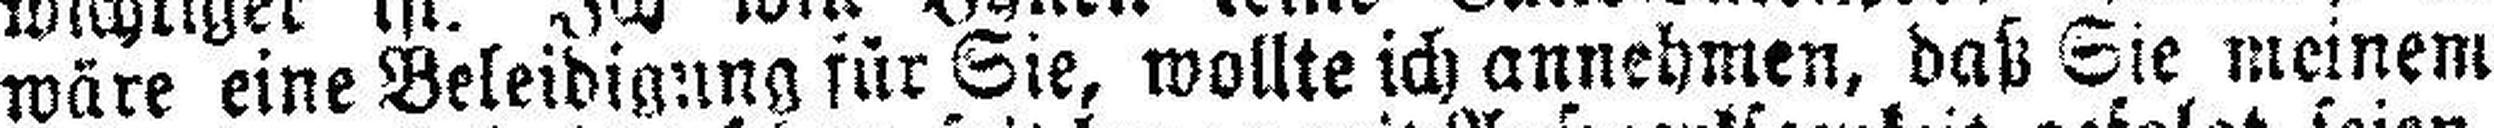
wäre eine Beleidigung für Sie, wollte ich annehmen, daß Sie meinem